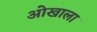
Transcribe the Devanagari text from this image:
ओखाला